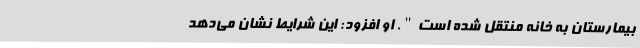
بیمارستان به خانه منتقل شده است". او افزود: این شرایط نشان می‌دهد